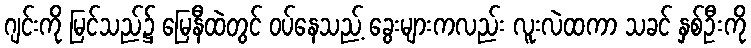
ဂျင်းကို မြင်သည်၌ မြေနီထဲတွင် ဝပ်နေသည့် ခွေးများကလည်း လူးလဲထကာ သခင် နှစ်ဦးကို